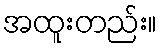
အထူးတည်း။